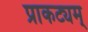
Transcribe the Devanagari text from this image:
प्राकट्यम्